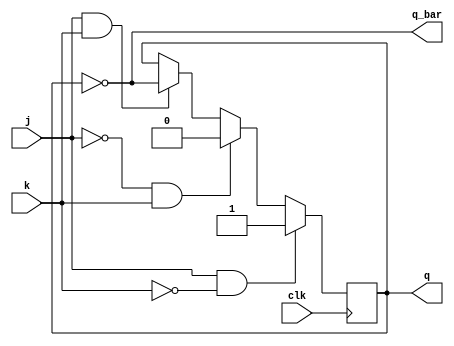
// This program was cloned from: https://github.com/Aryavardhan37/Verilog_codes
// License: MIT License

module jk_flip_flop(input j, input k, input clk, output reg q, output wire q_bar);

    always @(posedge clk) begin
        if (j & ~k)
            q <= 1;
        else if (~j & k)
            q <= 0;
        else if (j & k)
            q <= ~q;
    end

    assign q_bar = ~q;

endmodule

module sr_flip_flop(input s, input r, input clk, output wire q, output wire q_bar);
    wire j, k;
    assign j = s;
    assign k = r;

    jk_flip_flop jk_ff (.j(j), .k(k), .clk(clk), .q(q), .q_bar(q_bar));

endmodule